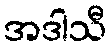
အဒါသီ